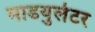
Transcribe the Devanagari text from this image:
माडयुलेटर